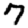
Digit: 7